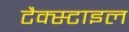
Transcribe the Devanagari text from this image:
टैक्स्टाइल